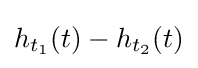
h_{t_{1}}(t)-h_{t_{2}}(t)